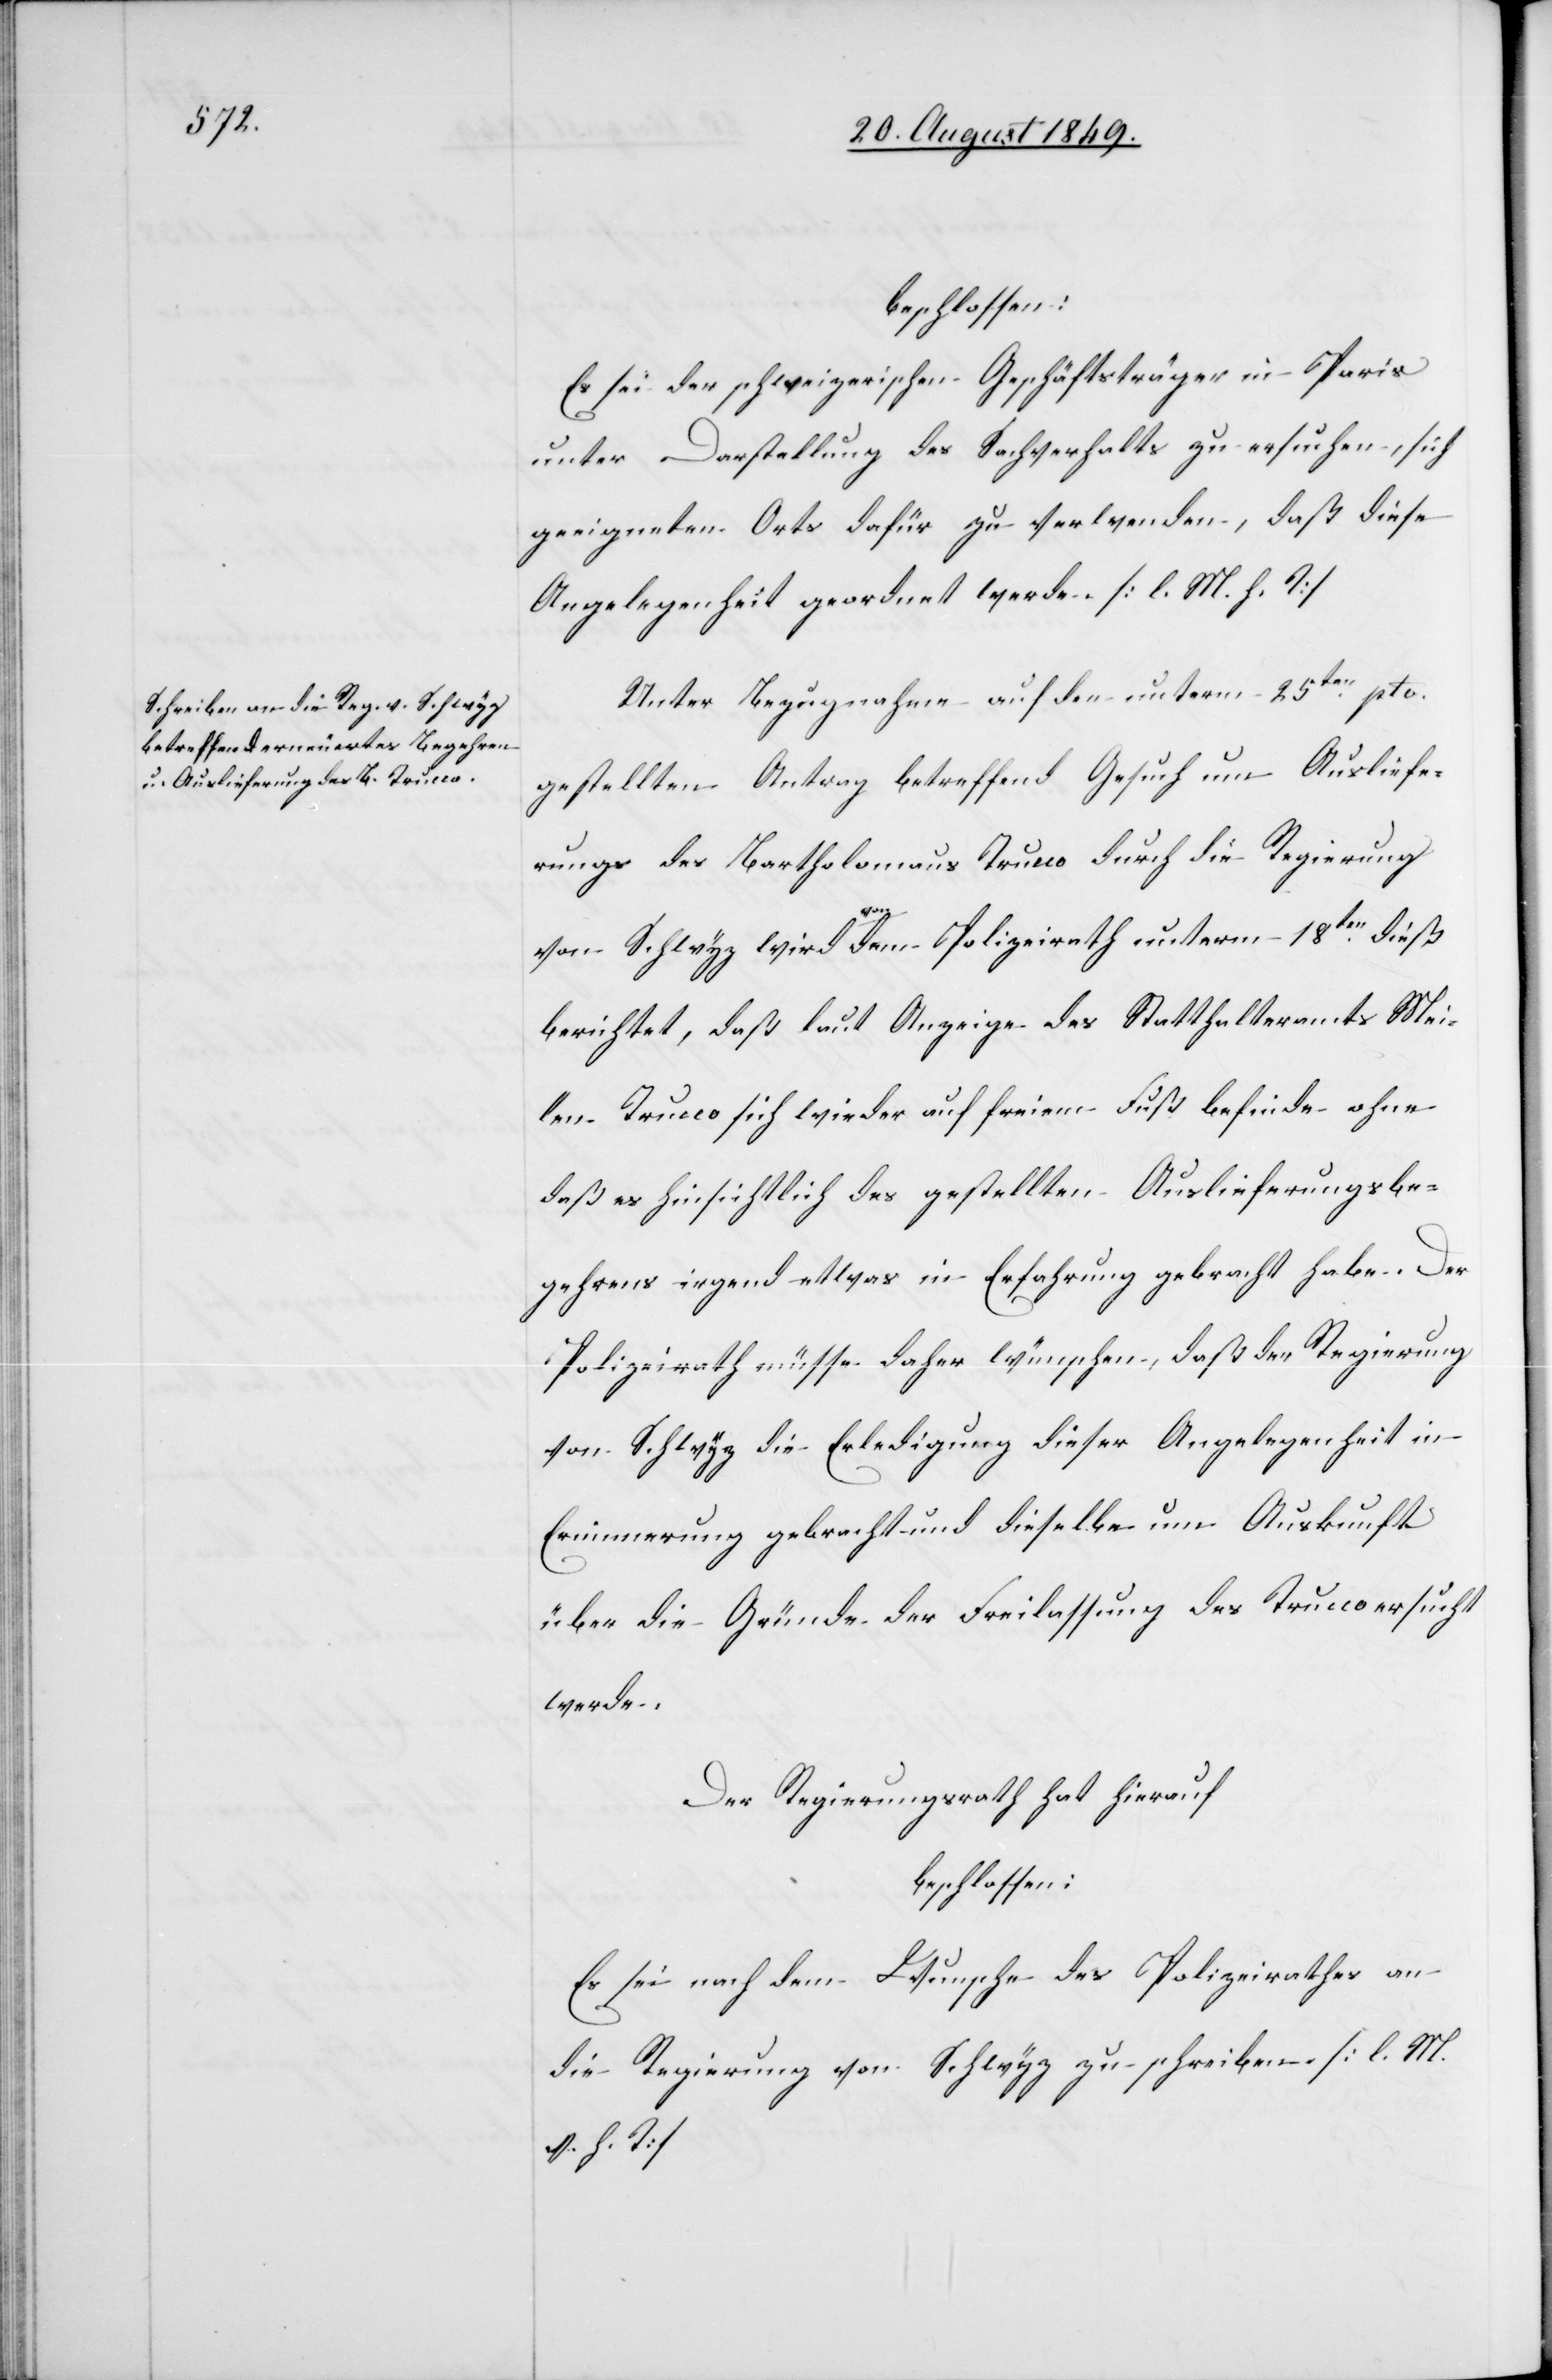
beschlossen:
Es sei der schweizerische Geschäftsträger in Paris
unter Darstellung des Sachverhalts zu ersuchen, sich
geeigneten Orts dafür zu verwenden, daß diese
Angelegenheit geordnet werde. [l. M. h. T]
Unter Bezugnahme auf den unterm 25ten pto.
gestellten Antrag betreffend Gesuch um Ausliefe¬
rung des Bartholomaus Trucco durch die Regierung
von Schwyz wird a-von-a dem Polizeirath unterm 18ten dieß
berichtet, daß laut Anzeige des Statthalteramts Mei¬
len Trucco sich wieder auf freien Fuß befinde ohne
daß er hinsichtlich des gestellten Auslieferungsbe¬
gehrens irgend etwas in Erfahrung gebracht habe. Der
Polizeirath müsse daher wünschen, daß der Regierung
von Schwyz die Erledigung dieser Angelegenheit in
Erinnerung gebracht und dieselbe um Auskunft
über die Gründe der Freilassung des Trucco ersucht
werde.
Der Regierungsrath hat hierauf
beschlossen:
Es sei nach dem Wunsche des Polizeirathes an
die Regierung von Schwyz zu schreiben. [l. M.
h. T]